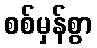
စစ်မှန်စွာ